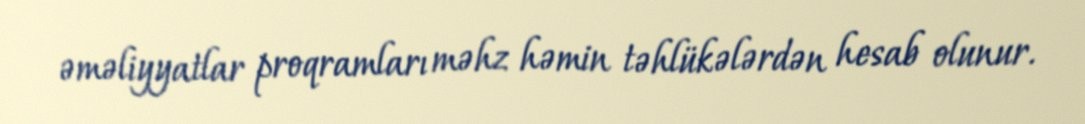
əməliyyatlar proqramları məhz həmin təhlükələrdən hesab olunur.